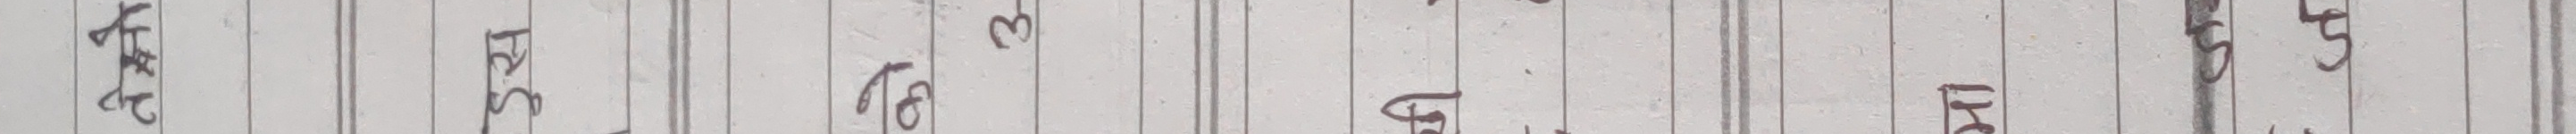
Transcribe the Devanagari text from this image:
समय पहाड केही नदी हावा